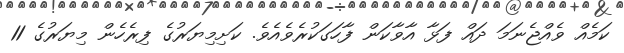
ކަމެއް ވެއްޖެނަމަ ދައް ފަޅާ އާވާކަން ފާހަގަކުރެވެއެވެ. ކަށިމިޔަރުގެ ފިރެހެން މިޔަރުގެ 11